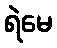
ရဲမေ